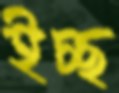
ইচ্ছ